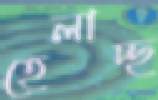
হেলাচ্ছ